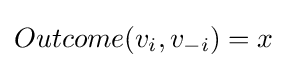
Outcome(v_{i},v_{-i})=x